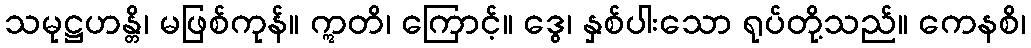
သမုဋ္ဌဟန္တိ၊ မဖြစ်ကုန်။ ဣတိ၊ ကြောင့်။ ဒွေ၊ နှစ်ပါးသော ရုပ်တို့သည်။ ကေနစိ၊